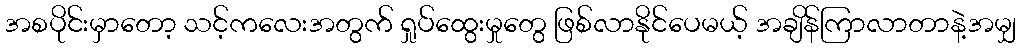
အစပိုင်းမှာတော့ သင့်ကလေးအတွက် ရှုပ်ထွေးမှုတွေ ဖြစ်လာနိုင်ပေမယ့် အချိန်ကြာလာတာနဲ့အမျှ